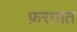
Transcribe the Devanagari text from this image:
फ़राग़त